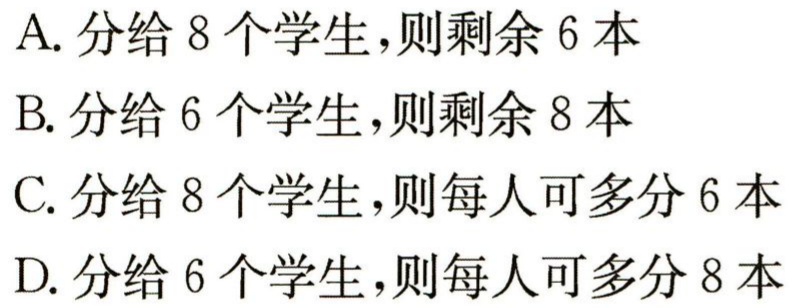
A. 分给 8 个学生，则剩余 6 本

B. 分给 6 个学生，则剩余 8 本

C. 分给 8 个学生，则每人可多分 6 本

D. 分给 6 个学生，则每人可多分 8 本